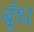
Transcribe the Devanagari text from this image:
बूँध